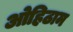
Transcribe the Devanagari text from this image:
ओहिठाम